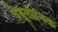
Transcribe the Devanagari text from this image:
चेबूलीनिक